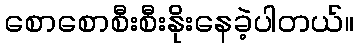
စောစောစီးစီးနိုးနေခဲ့ပါတယ်။